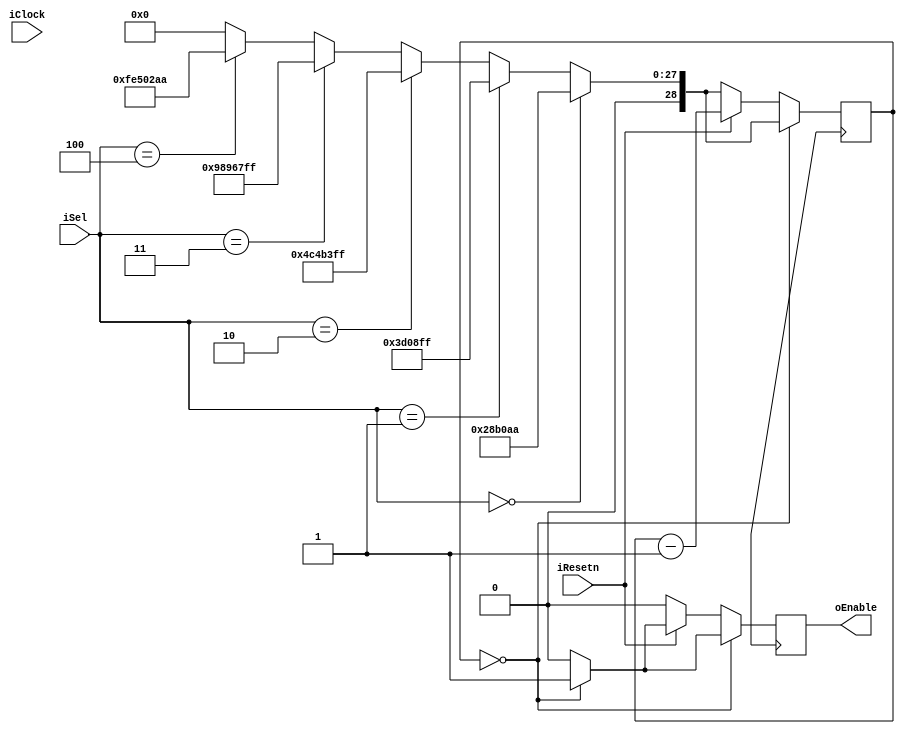
module RateDivider(iClock, iSel, iResetn, oEnable);
input iClock; // Clock
input iResetn; // Active low reset
input [2:0] iSel; // Rate select bits
output oEnable; // Enable pulse

//slowest clock is 0.3 hz, so need 28 bits to represent using 80 mhz base clock
//log_2(80*10^6/0.3)
reg[28:0] RateDivider;
reg[28:0] def;

//internal enable
//check comments below
reg enable;

//on every clock
//important part of the circuit, as we are trying to create different clock frequencies
always@(posedge CLOCK_50)
  begin
    //calculate initial counter value
    if(iSel==3'b000)//30 hz
      //set def to (80mhz/30hz-1)
      //since the value is 2666666+2/3, subtracting 1 gives just the integer part
      def = (2666666);
    else if(iSel==3'b001)//20 hz
      //set def to (80mhz/20hz-1)
      def = (4E6)-1;
    else if(iSel==3'b010)//1 hz
      //set def to (80mhz/1hz-1)
      def = (80E6)-1;
    else if(iSel==3'b011)//0.5 hz
      def = (160E6)-1;
    else if(iSel==3'b100)//0.3hz
      def = (266666666);
      //since the value is 266666666+2/3, subtracting 1 gives just the integer part
    else
      //otherwise, full speed!
      def = 1'd0;

    //count down rate divider
    RateDivider<=RateDivider-1;

    //if ratedivider reaches 0, set enable to 1
    enable <= (RateDivider == 4'b0000)?1:0;

    //check if ratedivier is 0 or if reset is 0
    if(RateDivider==0)
      RateDivider<=def;
    else if(!iResetn)
      //if resetn 0 (active low)
      begin
        //set ratedivier variable to initial count
        RateDivider<=def;
        //set enable to 0
        enable<=0;
      end
  end

  //set output enable to internal enable
  //I'm not actually sure if this works, but this is a solution that involves
  //not modifying the output variable type (I would declare oEnable as a reg)
  assign oEnable = enable;

endmodule